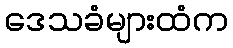
ဒေသခံများထံက